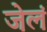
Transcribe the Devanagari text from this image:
जेलं